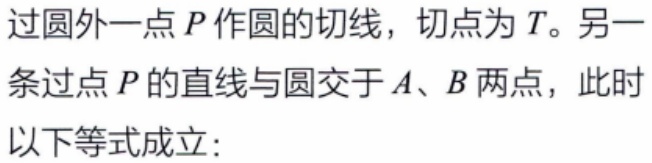
过圆外一点\(P\)作圆的切线，切点为\(T\)。另一条过点\(P\)的直线与圆交于\(A、B\)两点，此时以下等式成立：